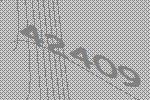
42409